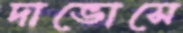
দাভোসে